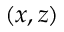
( x , z )